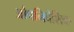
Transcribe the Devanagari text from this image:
औपनिबेशिक